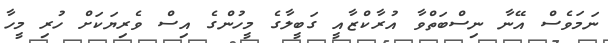
ނަމަވެސް އޭނާ ނިސްބަތްވާ އުރާކްޒާއީ ގަބީލާގެ މީހުންގެ އިސް ވެރިޔަކަށް ހުރި މީހާ